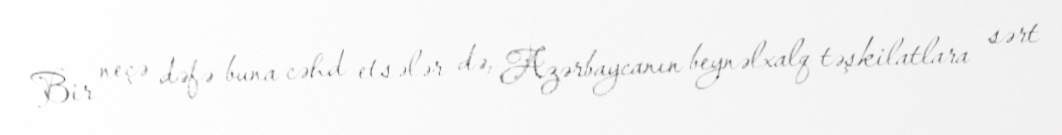
Bir neçə dəfə buna cəhd etsələr də, Azərbaycanın beynəlxalq təşkilatlara sərt